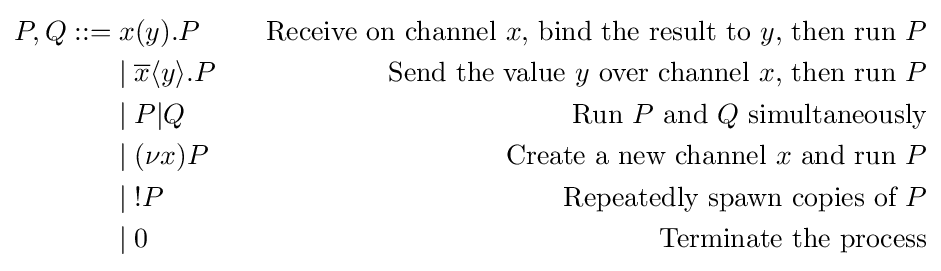
{\begin{aligned}P,Q::=&\;x(y).P\,\,\,\,\,&{\text{Receive on channel }}x{\text{, bind the result to }}y{\text{, then run }}P\\&\;|\;{\overline {x}}\langle y\rangle .P\,\,\,\,\,&{\text{Send the value }}y{\text{ over channel }}x{\text{, then run }}P\\&\;|\;P|Q\,\,\,\,\,\,\,\,\,&{\text{Run }}P{\text{ and }}Q{\text{ simultaneously}}\\&\;|\;(\nu x)P\,\,\,&{\text{Create a new channel }}x{\text{ and run }}P\\&\;|\;!P\,\,\,&{\text{Repeatedly spawn copies of }}P\\&\;|\;0&{\text{Terminate the process}}\end{aligned}}